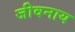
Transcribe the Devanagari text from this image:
जीवनाय